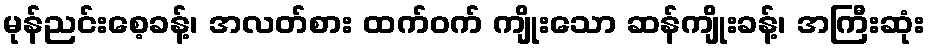
မုန်ညင်းစေ့ခန့်၊ အလတ်စား ထက်ဝက် ကျိုးသော ဆန်ကျိုးခန့်၊ အကြီးဆုံး